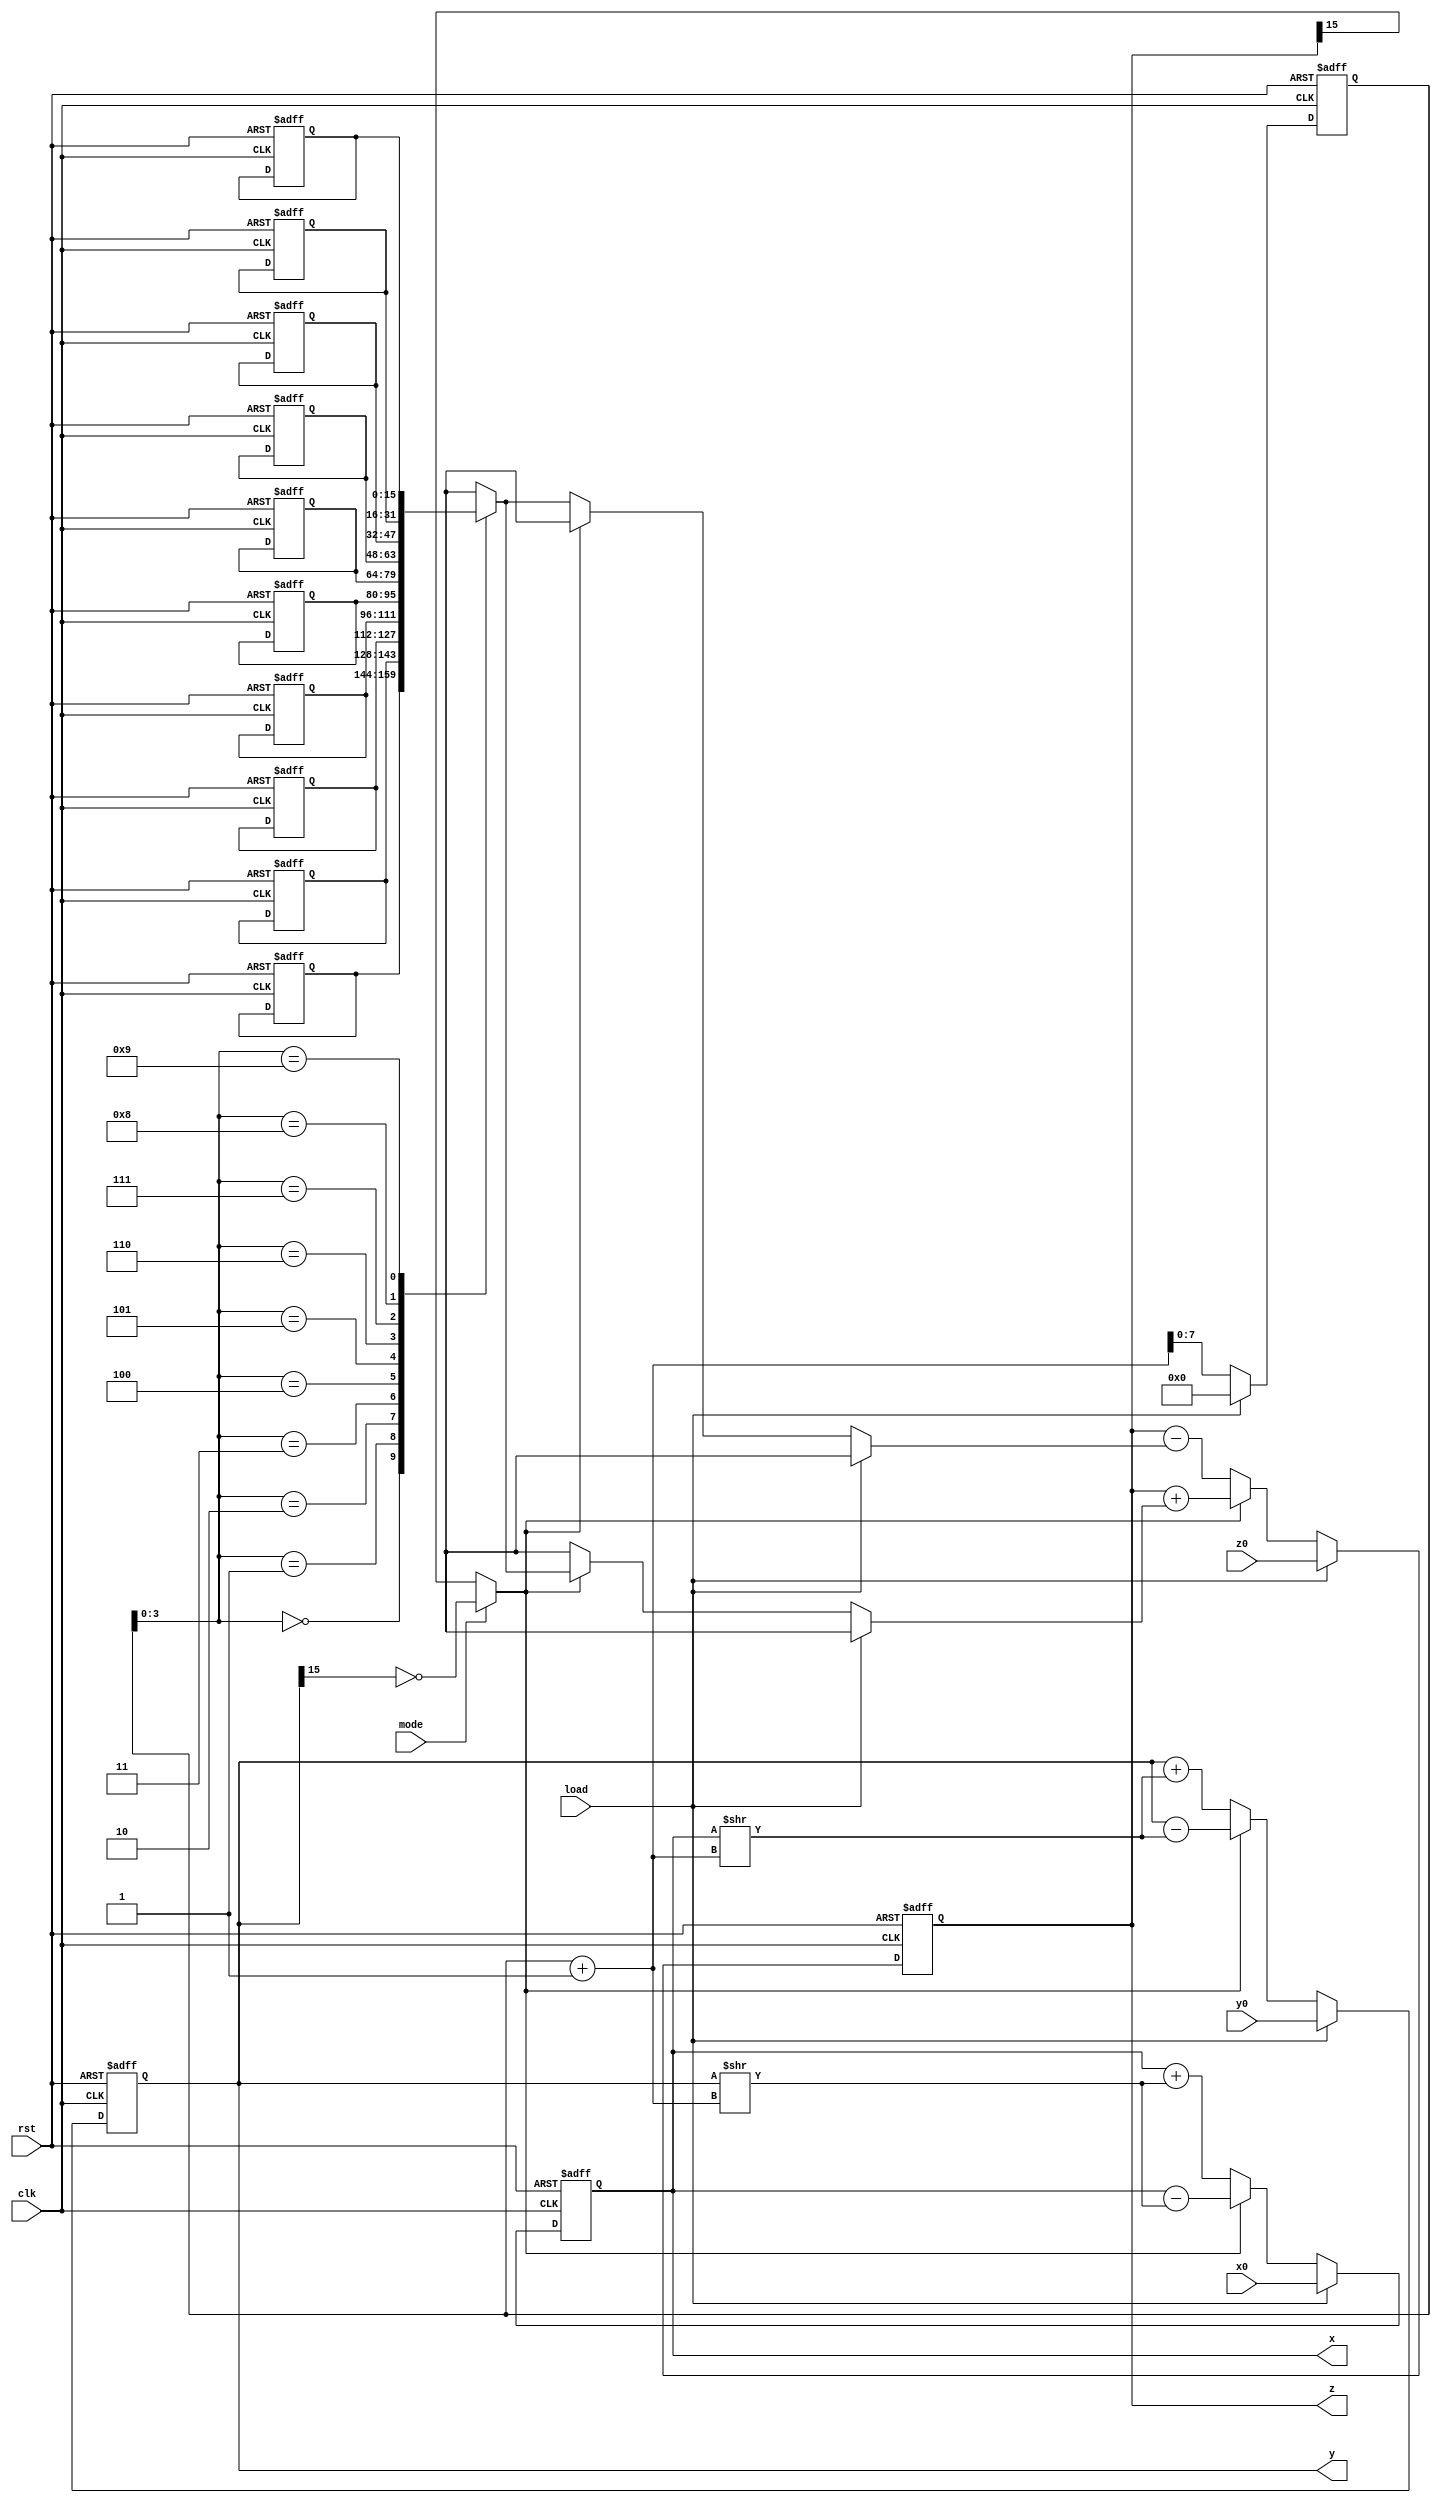
`timescale 1ns / 1ps

module cordic_hyper(
clk,
rst,
mode,
load,
x0,
y0,
z0,
x,
y,
z
    );

input clk,rst;
input mode,load;
input[15:0] x0,y0,z0;

reg[15:0] atanhs[9:0];

output reg[15:0] x,y,z;

wire d;

assign d=mode?(~y[15]):z[15];

reg[7:0] k;

always@(posedge clk or negedge rst)begin
    if(~rst)begin
        atanhs[0]<=4500;
        atanhs[1]<=2092;
        atanhs[2]<=1029;
        atanhs[3]<=513;
        atanhs[4]<=256;
        atanhs[5]<=128;
        atanhs[6]<=64;
        atanhs[7]<=32;
        atanhs[8]<=16;
        atanhs[9]<=8;
        x<=0;
        y<=0;
        z<=0;
        k<=0;
    end
    else begin
        if(load)begin
            x<=x0;
            y<=y0;
            z<=z0;
            k<=0;
        end
        else begin
            if(d)begin//neg
                x<=x-(y>>(k+1));
                y<=y-(x>>(k+1));
                z<=z+atanhs[k];
            end
            else begin//pos
                x<=x+(y>>(k+1));
                y<=y+(x>>(k+1));
                z<=z-atanhs[k];
            end
            k<=k+1;
        end
    end
end


endmodule